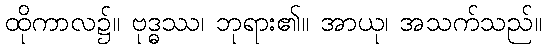
ထိုကာလ၌။ ဗုဒ္ဓဿ၊ ဘုရား၏။ အာယု၊ အသက်သည်။